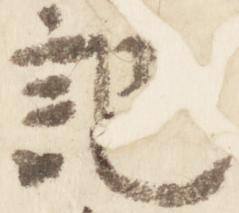
記